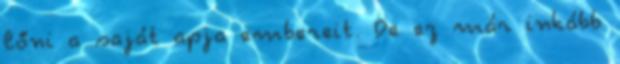
lőni a saját apja embereit. De ez már inkább